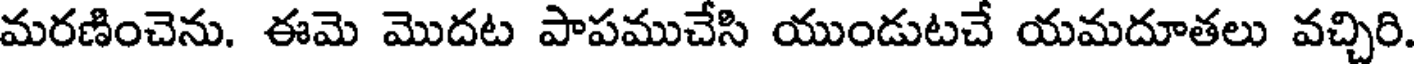
మరణించెను. ఈమె మొదట పాపముచేసి యుండుటచే యమదూతలు వచ్చిరి